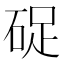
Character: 𥒭